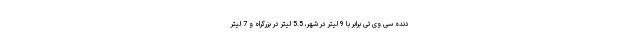
دنده سی وی تی برابر با 9 لیتر در شهر، 5.5 لیتر در بزرگراه و 7 لیتر